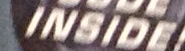
INSIDE!